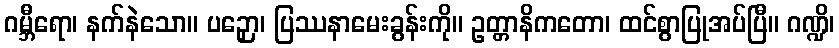
ဂမ္ဘီရော၊ နက်နဲသော။ ပဉှော၊ ပြဿနာမေးခွန်းကို။ ဥတ္တာနိကတော၊ ထင်စွာပြုအပ်ပြီ။ ဂဏ္ဍိ၊